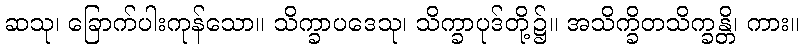
ဆသု၊ ခြောက်ပါးကုန်သော။ သိက္ခာပဒေသု၊ သိက္ခာပုဒ်တို့၌။ အသိက္ခိတသိက္ခန္တိ၊ ကား။